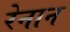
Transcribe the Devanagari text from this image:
रेनान